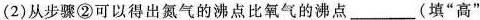
(2)从步骤②可以得出氮气的沸点比氧气的沸点____(填”高”